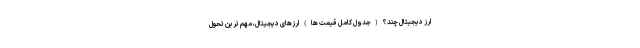
ارز دیجیتال چند؟ (جدول کامل قیمت ها) ارزهای دیجیتال، مهم ترین تحول